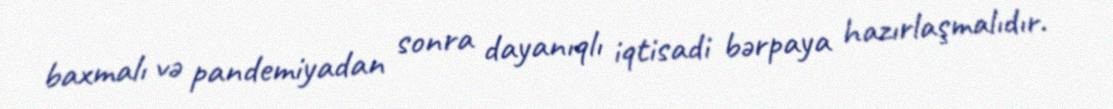
baxmalı və pandemiyadan sonra dayanıqlı iqtisadi bərpaya hazırlaşmalıdır.